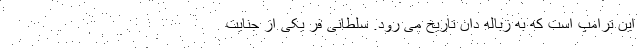
این ترامپ است که به زباله دان تاریخ می رود. سلطانی فر یکی از جنایت